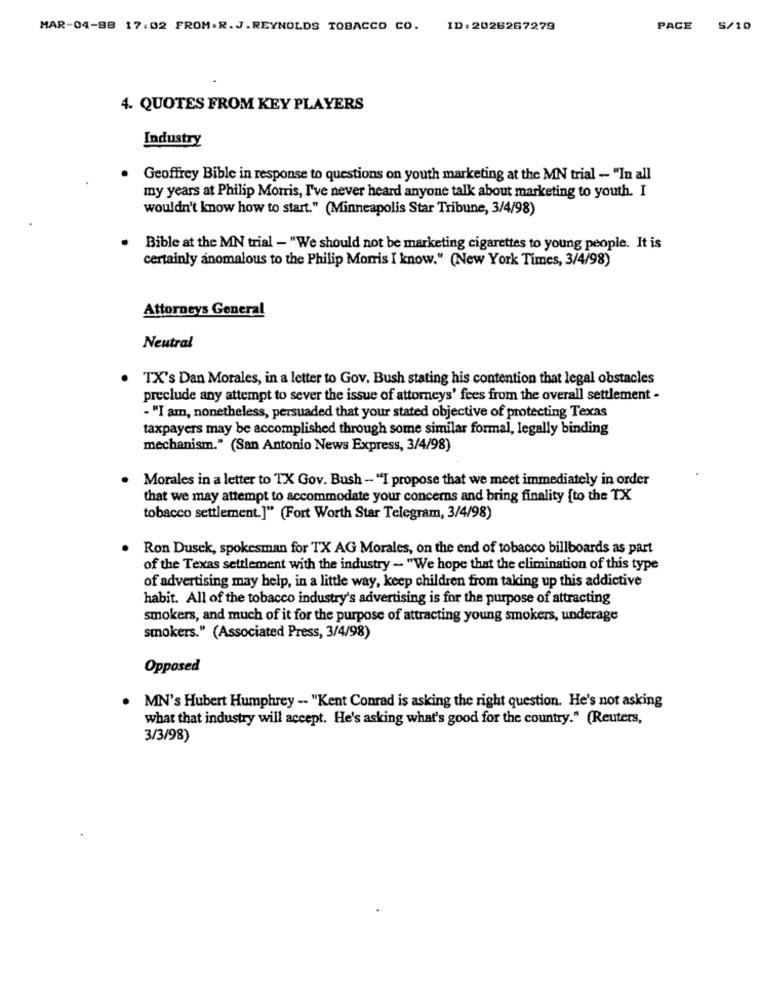
MAR-04-98 17:02 FROM.R.J.REYNOLDS TOBACCO CO. ID:2026267279
PAGE S/10
4. QUOTES FROM KEY PLAYERS
Industry
Geoffrey Bible in response to questions on youth marketing at the MN trial - "In all
my years at Philip Morris, I've never heard anyone talk about marketing to youth. I
wouldn't know how to start." (Minneapolis Star Tribune, 3/4/98)
Bible at the MN trial - "We should not be marketing cigarettes to young people. It is
certainly anomalous to the Philip Morris I know." (New York Times, 3/4/98)
Attorneys General
Neutral
. TX's Dan Morales, in a letter to Gov. Bush stating his contention that legal obstacles
preclude any attempt to sever the issue of attorneys' fees from the overall settlement -
- "I am, nonetheless, persuaded that your stated objective of protecting Texas
taxpayers may be accomplished through some similar formal, legally binding
mechanism." (San Antonio News Express, 3/4/98)
. Morales in a letter to TX Gov. Bush - "I propose that we meet immediately in order
that we may attempt to accommodate your concerns and bring finality {to the TX
tobacco settlement.]" (Fort Worth Star Telegram, 3/4/98)
Ron Dusek, spokesman for TX AG Morales, on the end of tobacco billboards as part
of the Texas settlement with the industry - "We hope that the elimination of this type
of advertising may help, in a little way, keep children from taking up this addictive
habit. All of the tobacco industry's advertising is for the purpose of attracting
smokers, and much of it for the purpose of attracting young smokers, underage
smokers." (Associated Press, 3/4/98)
Opposed
. MN's Hubert Humphrey -- "Kent Conrad is asking the right question. He's not asking
what that industry will accept. He's asking what's good for the country." (Reuters,
3/3/98)